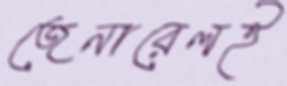
জেনারেলই